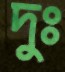
দুঃ